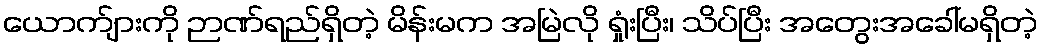
ယောက်ျားကို ဉာဏ်ရည်ရှိတဲ့ မိန်းမက အမြဲလို ရှုံးပြီး၊ သိပ်ပြီး အတွေးအခေါ်မရှိတဲ့